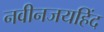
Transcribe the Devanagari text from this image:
नवीनजयहिंद